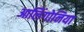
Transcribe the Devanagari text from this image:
आलिंगोनिया